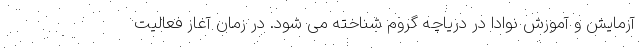
آزمایش و آموزش نوادا در دریاچه گروم شناخته می شود. در زمان آغاز فعالیت